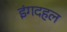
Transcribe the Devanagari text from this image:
इंगदहल